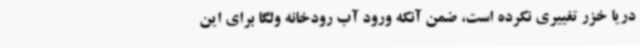
دریا خزر تغییری نکرده است، ضمن آنکه ورود آب رودخانه ولگا برای این